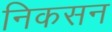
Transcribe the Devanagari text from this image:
निकसन